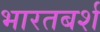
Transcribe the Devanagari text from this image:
भारतबर्श